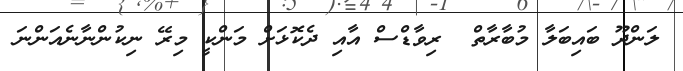
ލަންދޫ ބައިބަލާ މުބާރާތް  ރިވާޑްސް އާއި ދެކޮޅަށް މަންކީ މިރޭ ނިކުންނާނެއަންނަ